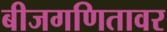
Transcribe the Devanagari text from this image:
बीजगणितावर